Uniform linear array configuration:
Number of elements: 4
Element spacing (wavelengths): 0.75
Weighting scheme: binomial
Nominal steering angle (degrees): -15
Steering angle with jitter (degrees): -14.079
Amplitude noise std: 0.05
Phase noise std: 0.05

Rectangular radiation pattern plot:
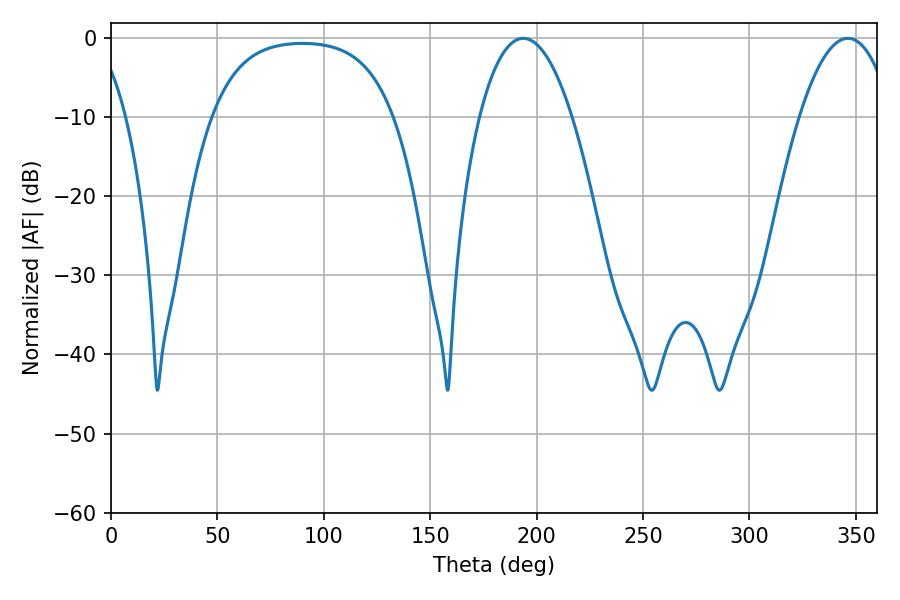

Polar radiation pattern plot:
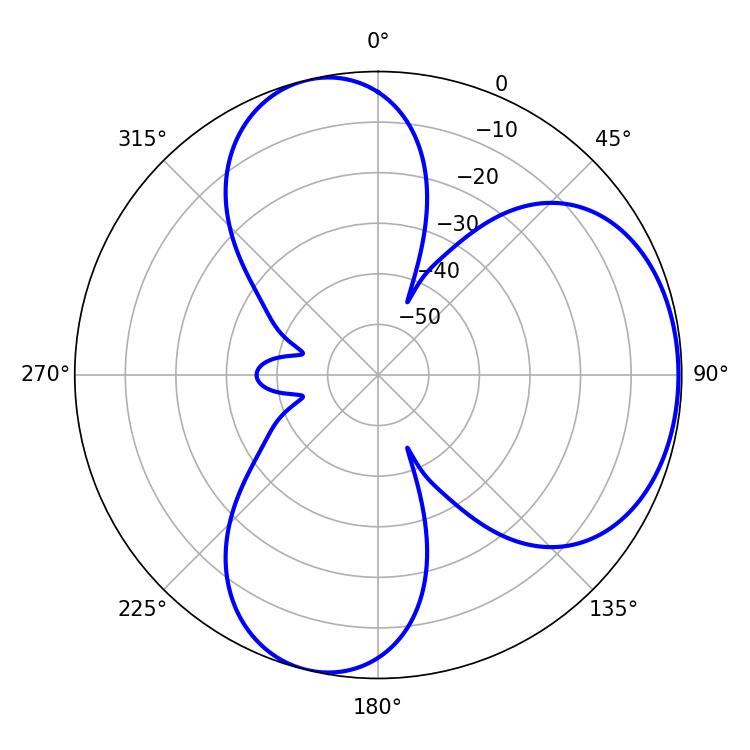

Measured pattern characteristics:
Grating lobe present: TRUE
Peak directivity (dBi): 5.217
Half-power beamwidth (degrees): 24.12
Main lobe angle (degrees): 346.32